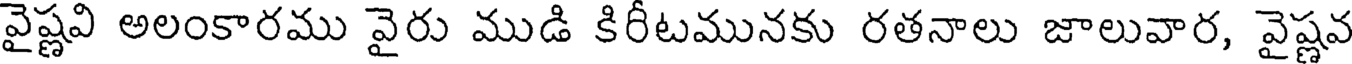
వైష్ణవి అలంకారము వైరు ముడి కిరీటమునకు రతనాలు జాలువార, వైష్ణవ